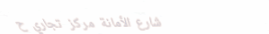
شارع الأمانة مركز تجاري ح